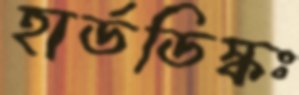
হার্ডডিস্কঃ